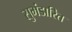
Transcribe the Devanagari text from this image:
सुभंडारित